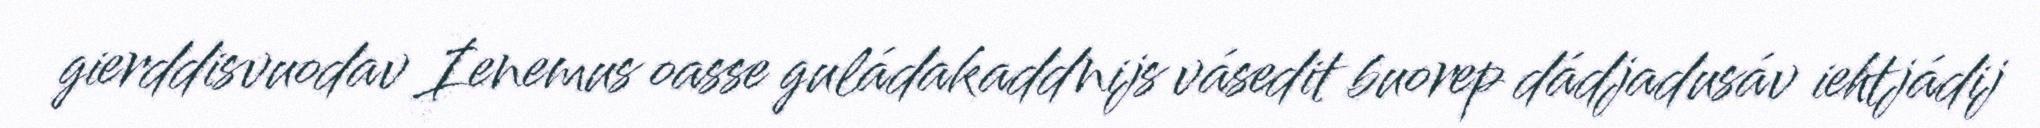
gierddisvuodav Ienemus oasse guládakaddnijs vásedit buorep dádjadusáv iehtjádij